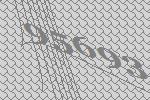
95693